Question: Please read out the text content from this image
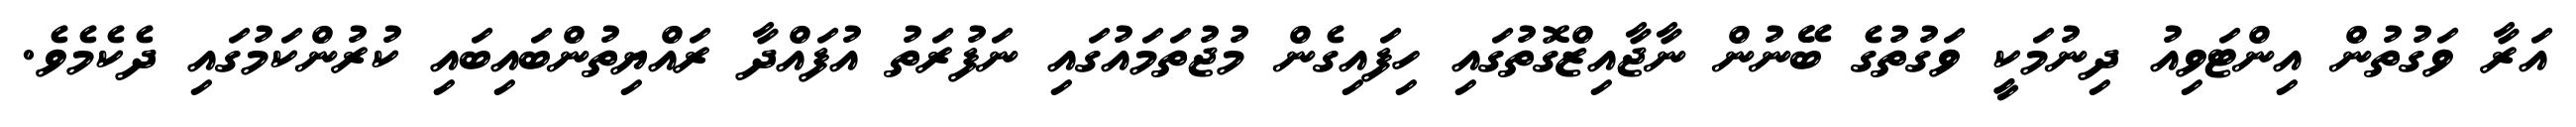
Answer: އަރާ ވަގުތުން އިންޓަވިއު ދިނުމަކީ ވަގުތުގެ ބޭނުން ނާޖާއިޒްގޮތުގައި ހިފައިގެން މުޖުތަމައުގައި ނަފުރަތު އުފައްދާ ރައްޔިތުންބައިބައި ކުރުންކަމުގައި ދެކެމެވެ.